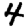
Digit: 4